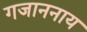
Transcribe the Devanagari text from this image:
गजाननाय